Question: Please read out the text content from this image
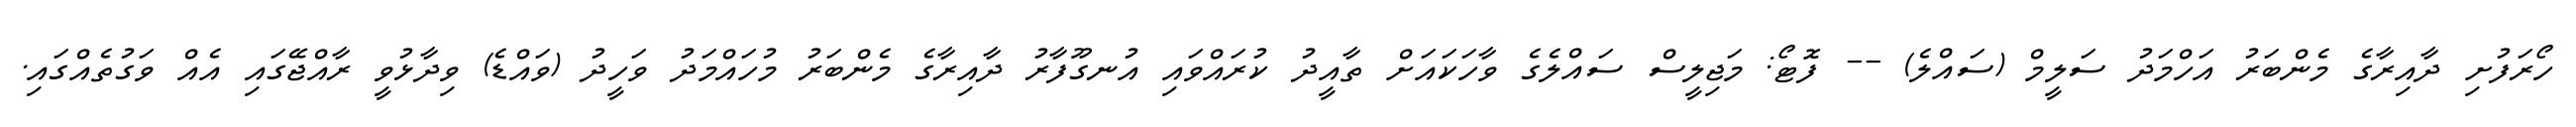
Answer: ހޯރަފުށި ދާއިރާގެ މެންބަރު އަހްމަދު ސަލީމް (ސައްލެ) -- ފޮޓޯ: މަޖިލީސް ސައްލެގެ ވާހަކައަށް ތާއީދު ކުރައްވައި އުނގޫފާރު ދާއިރާގެ މެންބަރު މުހައްމަދު ވަހީދު (ވައްޑެ) ވިދާޅުވީ ރާއްޖޭގައި އެއް ވަގުތެއްގައި.